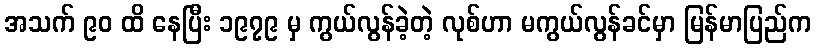
အသက် ၉၀ ထိ နေပြီး ၁၉၇၉ မှ ကွယ်လွန်ခဲ့တဲ့ လုစ်ဟာ မကွယ်လွန်ခင်မှာ မြန်မာပြည်က